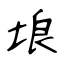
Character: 埌